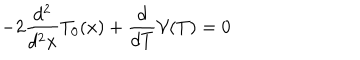
- 2 \frac { d ^ { 2 } } { d ^ { 2 } x } T _ { 0 } ( x ) + \frac { d } { d T } \mathcal { V } ( T ) = 0